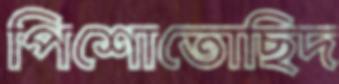
পিশোতোছিদ